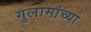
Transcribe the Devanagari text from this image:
गुलामांच्या